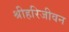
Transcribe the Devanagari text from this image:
श्रीहरिजीवन